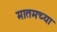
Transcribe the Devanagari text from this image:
मातमच्या